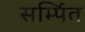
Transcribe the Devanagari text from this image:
सर्म्पित